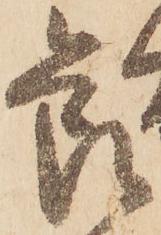
節